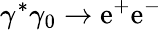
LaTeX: \gamma^{*}\gamma_{0}\rightarrow\mathrm{e}^{+}\mathrm{e}^{-}